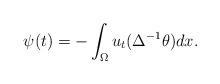
LaTeX: \begin{align*}\psi(t)=-\int_\Omega u_t(\Delta^{-1}\theta) dx.\end{align*}